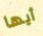
أيها